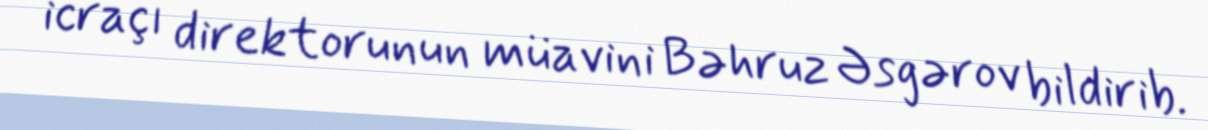
icraçı direktorunun müavini Bəhruz Əsgərov bildirib.